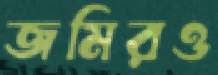
জমিরও